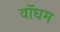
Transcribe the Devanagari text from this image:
वॉघम